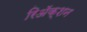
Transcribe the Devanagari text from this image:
रिअॅक्शन